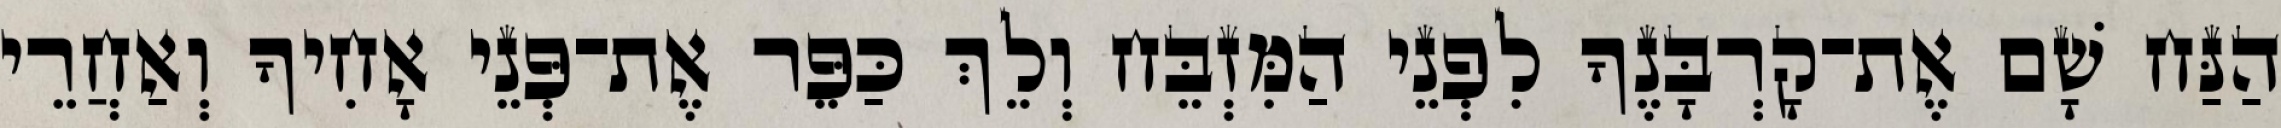
הַנַּח שָׁם אֶת־קָרְבָּנֶךָ לִפְנֵי הַמִּזְבֵּח וְלֵךְ כַּפֵּר אֶת־פְּנֵי אָחִיךָ וְאַחֲרֵי